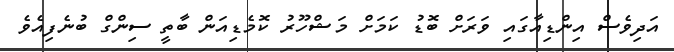
އަދިވެސް އިންޑިއާގައި ވަރަށް ބޮޑު ކަމަށް މަޝްހޫރު ކޮމެޑިއަން ބާތީ ސިންގް ބުނެފިއެވެ